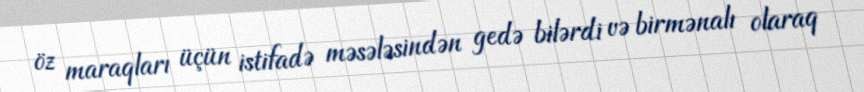
öz maraqları üçün istifadə məsələsindən gedə bilərdi və birmənalı olaraq